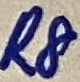
Text: R8